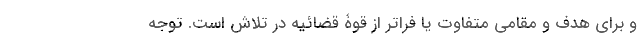
و برای هدف و مقامی متفاوت یا فراتر از قوۀ قضائیه در تلاش است. توجه